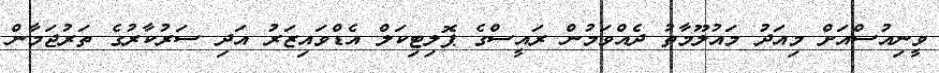
ވީނިއުސްއަށް މިއަދު މައުލޫމާތު ދެއްވަމުން ރައީސްގެ ޕޮލިޓިކަލް އެޑްވައިޒަރު އަދި ސަރުކާރުގެ ތަރުޖަމާން